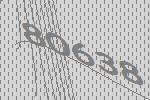
80638